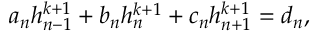
a _ { n } h _ { n - 1 } ^ { k + 1 } + b _ { n } h _ { n } ^ { k + 1 } + c _ { n } h _ { n + 1 } ^ { k + 1 } = d _ { n } ,